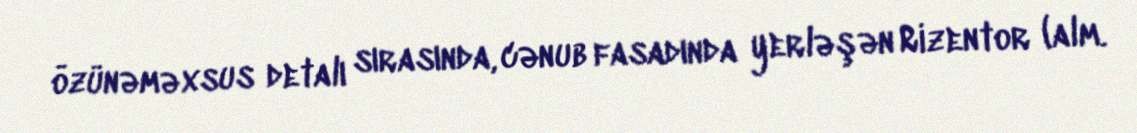
özünəməxsus detalı sırasında, cənub fasadında yerləşən Rizentor (alm.